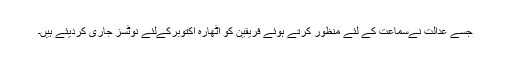
جسے عدالت نےسماعت کے لئے منظور کرتے ہوئے فریقین کو اٹھارہ اکتوبرکےلئے نوٹسز جاری کردیئے ہیں۔